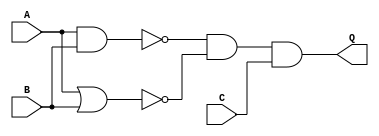
module combinational_circuit(A,B,C,Q);
    input A,B,C;
    output Q;

    wire A_NAND_B, A_NOR_B;

    
    assign A_NAND_B = (~(A & B));

    assign A_NOR_B = (~(A | B));

    assign Q = (A_NAND_B) & (A_NOR_B) & (C);


endmodule